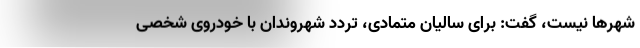
شهرها نیست، گفت: برای سالیان متمادی، تردد شهروندان با خودروی شخصی